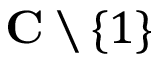
\mathbf { C } \setminus \{ 1 \}